Report on the lunatic asylums under the Government of Bombay - 1904-1913
Year: 1904
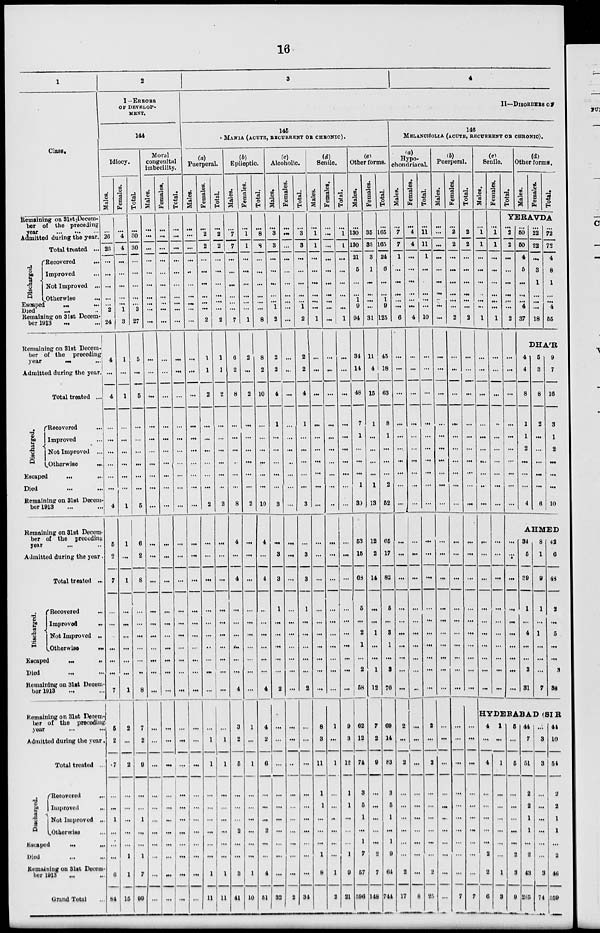
16
1
Class.
Remaining on 31st Decem-
ber of the preceding
year ... ... ...
Admitted during the year.
Total treated ...
Discharged.
Recovered ...
Improved ...
Not Improved ...
Otherwise
...
Escaped ... ...
Died
...
...
Remaining on 31st Decem-
ber 1913 ... ...
Remaining on 31st Decem-
ber of the preceding
year
...
...
Admitted during the year.
Total treated ...
Discharged.
Recovered ...
Improved ...
Not Improved ...
Otherwise ...
Escaped ... ...
Died ... ...
Remaining on 31st Decem-
ber 1913 ... ...
Remaining on 31st Decem-
ber of the preceding
year ... ...
Admitted during the year .
Total treated ...
Discharged.
Recovered ...
Improved ...
Not Improved ...
Otherwise
...
Escaped ... ...
Died
...
...
Remaining on 31st Decem-
ber 1913 ... ...
Remaining on 31st Decem
ber of the preceding
year ... ...
Admitted during the year.
Total treated ...
Discharged.
Recovored ...
Improved ...
Not Improved ...
Otherwise ...
Escaped
...
...
Died ... ...
Remaining on 31st Decem-
ber 1913 ... ...
Grand Total ...
2
I-ERRORS
OF DEVELOP-
MENT.
144
Idiocy.
Males.
...
26
26
...
...
...
...
...
2
24
4
...
4
...
...
...
...
...
...
4
5
2
7
...
...
...
...
...
...
7
5
2
7
...
...
1
...
...
...
6
84
Females.
...
4
4
...
...
...
...
...
1
3
1
...
1
...
...
...
...
...
...
1
1
...
1
...
...
...
...
...
...
1
2
...
2
...
...
...
...
...
1
1
15
Total.
...
30
30
...
...
...
...
...
3
27
5
...
5
...
...
...
...
...
...
5
6
2
8
...
...
...
...
...
...
8
7
2
9
...
...
1
...
...
1
7
99
Moral
congenital
imbecility.
Males.
...
...
...
...
...
...
...
...
...
...
...
...
...
...
...
...
...
...
...
...
...
...
...
...
...
...
...
...
...
...
...
...
...
...
...
...
...
...
...
...
...
Females.
...
...
...
...
...
...
...
...
...
...
...
...
...
...
...
...
...
...
...
...
...
...
...
...
...
...
...
...
...
...
...
...
...
...
...
...
...
...
...
...
...
Total.
...
...
...
...
...
...
...
...
...
...
...
...
...
...
...
...
...
...
...
...
...
...
...
...
...
...
...
...
...
...
...
...
...
...
...
...
...
...
...
...
...
3
4
II—DISORDERS OF
145
MANIA (ACUTE, RECURRENT OR CHRONIC).
(a)
Puerperal.
Males.
...
...
...
...
...
...
...
...
...
...
...
...
...
...
...
...
...
...
...
...
...
...
...
...
...
...
...
...
...
...
...
...
...
...
...
...
...
...
...
...
...
Females.
...
2
2
...
...
...
...
...
...
2
1
1
2
...
...
...
...
...
...
2
...
...
...
...
...
...
...
...
...
...
...
1
1
...
...
...
...
...
...
1
11
Total.
...
2
2
...
...
...
...
...
...
2
1
1
2
...
...
...
...
...
...
2
...
...
...
...
...
...
...
...
...
...
...
1
1
...
...
...
...
...
...
1
11
(b)
Epileptic.
Males.
...
7
7
...
...
...
...
...
...
7
6
2
8
...
...
...
...
...
...
8
4
...
4
...
...
...
...
...
...
4
3
2
5
...
...
...
2
...
...
3
41
Females.
...
1
1
...
...
...
...
...
...
1
2
...
2
...
...
...
...
...
...
2
...
...
...
...
...
...
...
...
...
...
1
...
1
...
...
...
...
...
...
1
10
Total.
...
8
8
...
...
...
...
...
...
8
8
2
10
...
...
...
...
...
...
10
4
...
4
...
...
...
...
...
...
4
4
2
6
...
...
...
2
...
...
4
51
(c)
Alcoholic.
Males.
...
3
3
...
...
...
...
...
1
2
2
2
4
1
...
...
...
...
...
3
...
3
3
1
...
...
...
...
...
2
...
...
...
...
...
...
...
...
...
...
32
Females.
...
...
...
...
...
...
...
...
...
...
...
...
...
...
...
...
...
...
...
...
...
...
...
...
...
...
...
...
...
...
...
...
...
...
...
...
...
...
...
...
2
Total.
...
3
3
...
...
...
...
...
1
2
2
2
4
1
...
...
...
...
...
3
...
3
3
1
...
...
...
...
...
2
...
...
...
...
...
...
...
...
...
...
34
(d)
Senile.
Males.
...
1
1
...
...
...
...
...
...
1
...
...
...
...
...
...
...
...
...
...
...
...
...
...
...
...
...
...
...
...
8
3
11
1
1
...
...
...
1
8
19
Females.
...
...
...
...
...
...
...
...
...
...
...
...
...
...
...
...
...
...
...
...
...
...
...
...
...
...
...
...
...
...
1
...
1
...
...
...
...
...
...
1
2
Total.
...
1
1
...
...
...
...
...
...
1
...
...
...
...
...
...
...
...
...
...
...
...
...
...
...
...
...
...
...
...
9
3
12
1
1
...
...
...
1
9
21
(e)
Other forms.
Males.
...
130
130
21
5
...
...
1
9
94
34
14
48
7
1
...
...
...
1
39
53
15
68
5
...
2
1
...
2
58
62
12
74
3
5
1
...
1
7
57
596
Females.
...
35
35
3
1
...
...
...
...
31
11
4
15
1
...
...
...
...
1
13
12
2
14
...
...
1
...
...
1
12
7
2
9
...
...
...
...
...
2
7
148
Total.
...
165
165
24
6
...
...
1
9
125
45
18
63
8
1
...
...
...
2
52
65
17
82
5
...
3
1
...
3
70
69
14
83
3
5
1
...
1
9
64
744
146
MELANCHOLIA (ACUTE, RECURRENT OR CHRONIC).
(a)
Hypo-
chondriacal.
Males.
...
7
7
1
...
...
...
...
...
6
...
...
...
...
...
...
...
...
...
...
...
...
...
...
...
...
...
...
...
...
2
...
2
...
...
...
...
...
...
2
17
Females.
...
4
4
...
...
...
...
...
...
4
...
...
...
...
...
...
...
...
...
...
...
...
...
...
...
...
...
...
...
...
...
...
...
...
...
...
...
...
...
...
8
Total.
...
11
11
1
...
...
...
...
...
10
...
...
...
...
...
...
...
...
...
...
...
...
...
...
...
...
...
...
...
...
2
...
2
...
...
...
...
...
...
2
25
(b)
Puerperal.
Males.
...
...
...
...
...
...
...
...
...
...
...
...
...
...
...
...
...
...
...
...
...
...
...
...
...
...
...
...
...
...
...
...
...
...
...
...
...
...
...
...
...
Females.
...
2
2
...
...
...
...
...
...
2
...
...
...
...
...
...
...
...
...
...
...
...
...
...
...
...
...
...
...
...
...
...
...
...
...
...
...
...
...
...
7
Total.
...
2
2
...
...
...
...
...
...
2
...
...
...
...
...
...
...
...
...
...
...
...
...
...
...
...
...
...
...
...
...
...
...
...
...
...
...
...
...
...
7
(c)
Senile.
Males.
Females.
Total.
(d)
Other forms.
Males.
Females.
Total.
YERAVDA
...
1
1
...
...
...
...
...
...
1
...
...
...
...
...
...
...
...
...
...
...
1
1
...
...
...
...
...
...
1
...
...
...
...
...
...
...
...
...
...
...
2
2
...
...
...
...
...
...
2
...
...
...
...
...
...
...
...
...
...
...
50
50
4
5
...
...
...
4
37
...
22
22
...
3
1
...
...
...
18
...
72
72
4
8
1
...
...
4
55
DHA'R
4
4
8
1
1
2
...
...
...
4
5
3
8
2
...
...
...
...
...
6
9
7
16
3
1
2
...
...
...
10
AHMED
...
...
...
...
...
...
...
...
...
...
...
...
...
...
...
...
...
...
...
...
...
...
...
...
...
...
...
...
...
...
34
5
39
1
...
4
...
...
3
31
8
1
9
1
...
1
...
...
...
7
42
6
48
2
...
5
...
...
3
38
HYDERABAD (SIR
4
...
4
...
...
...
...
...
2
2
6
1
...
1
...
...
...
...
...
...
1
3
5
...
5
...
...
...
...
...
2
3
9
44
7
51
2
2
1
1
...
2
43
285
...
3
3
...
...
...
...
...
...
3
74
44
10
54
2
2
1
1
...
2
46
359